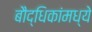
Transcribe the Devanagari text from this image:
बौद्धिकांमध्ये